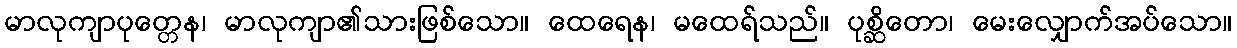
မာလုကျာပုတ္တေန၊ မာလုကျာ၏သားဖြစ်သော။ ထေရေန၊ မထေရ်သည်။ ပုစ္ဆိတော၊ မေးလျှောက်အပ်သော။